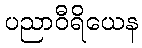
ပညာဝီရိယေန